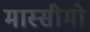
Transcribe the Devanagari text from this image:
मास्सीमो